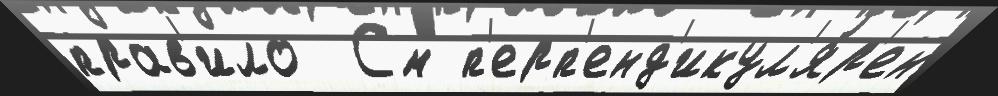
прав'ило  См п'ерп'енд'икул'я́р'ен